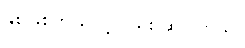
နှစ်ဖြစ်တယ်လို့လည်း ဆိုပါတယ်။